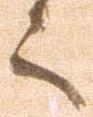
々